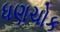
ધણચોક